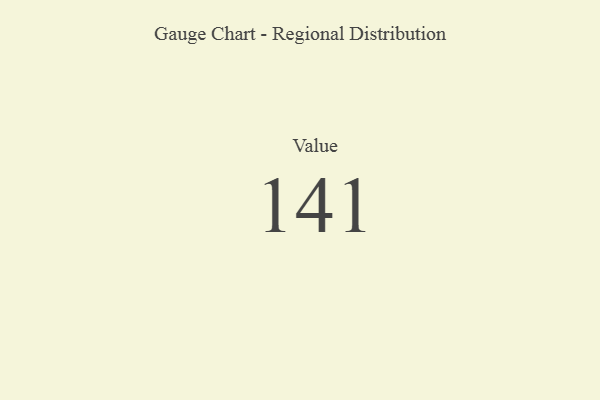
{"axis": {"x": "Metric", "y": "Value"}, "legend": [""], "data": [{"x": "Value", "y": 141, "type": ""}]}